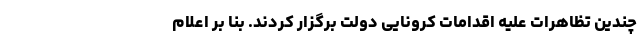
چندین تظاهرات علیه اقدامات کرونایی دولت برگزار کردند. بنا بر اعلام